65_HS1-834228961_62-HQ-83894_SUB_A
Agency: FBI
Page 52
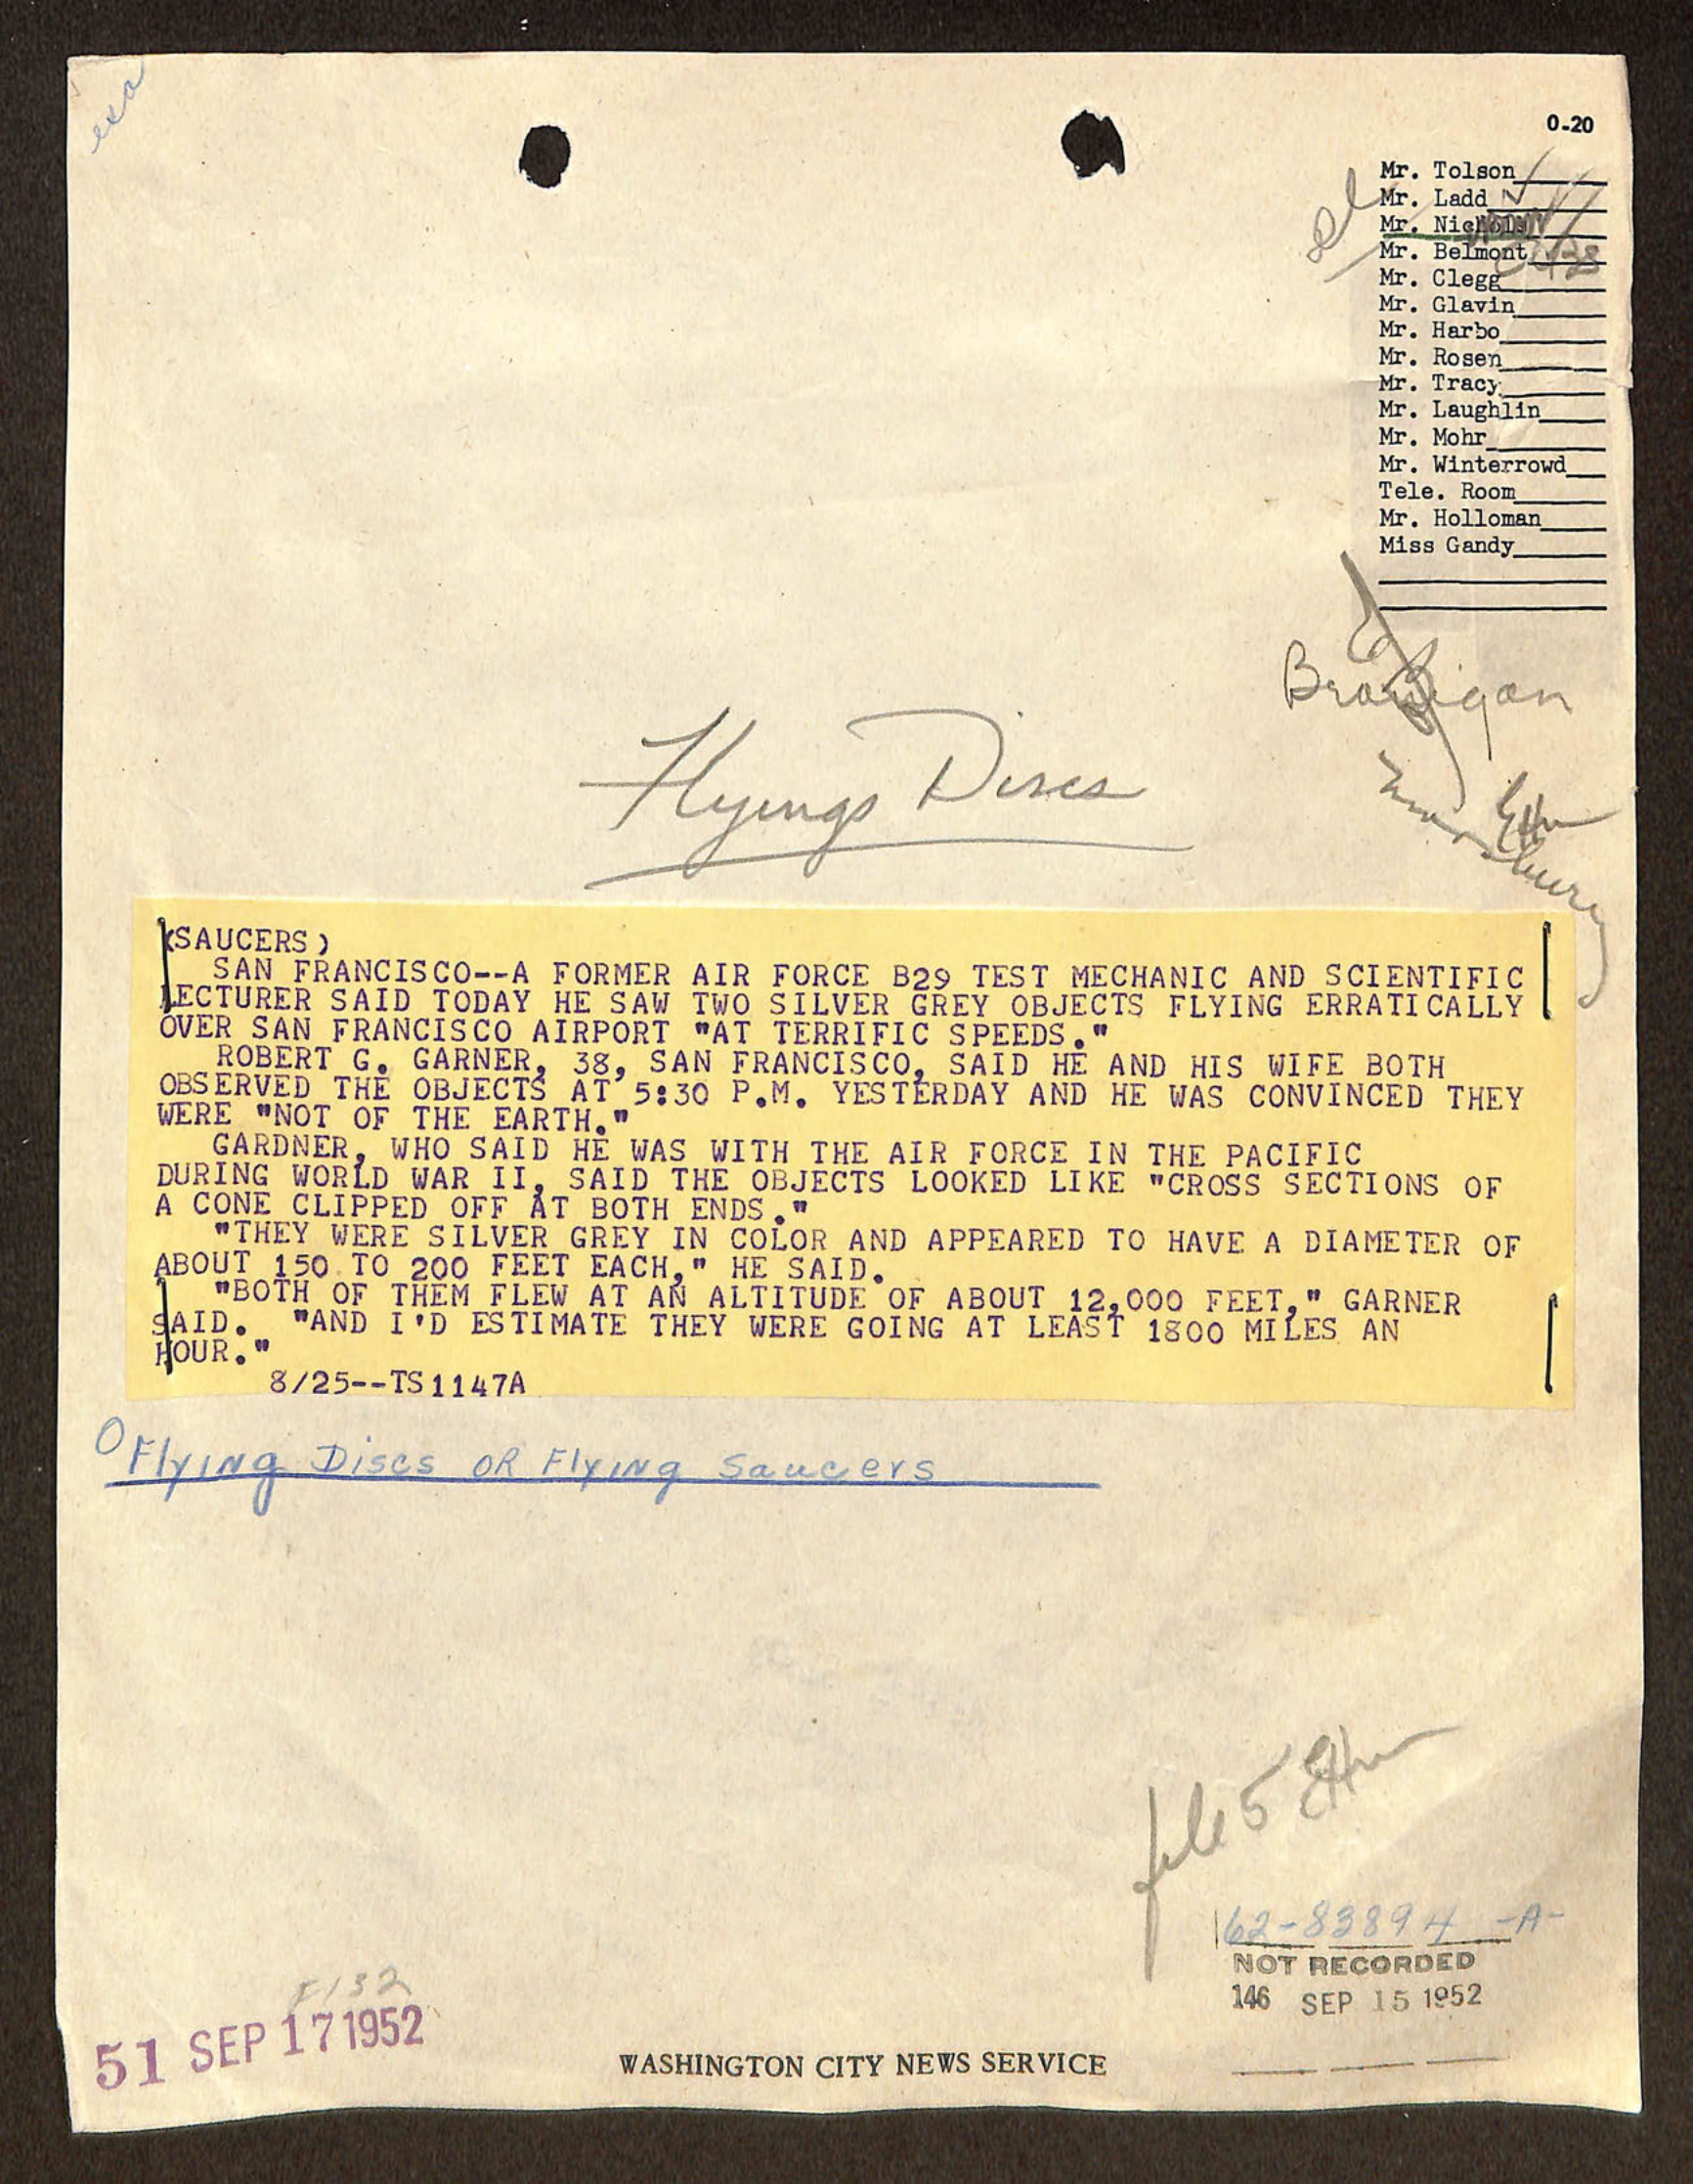